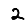
Digit: 2